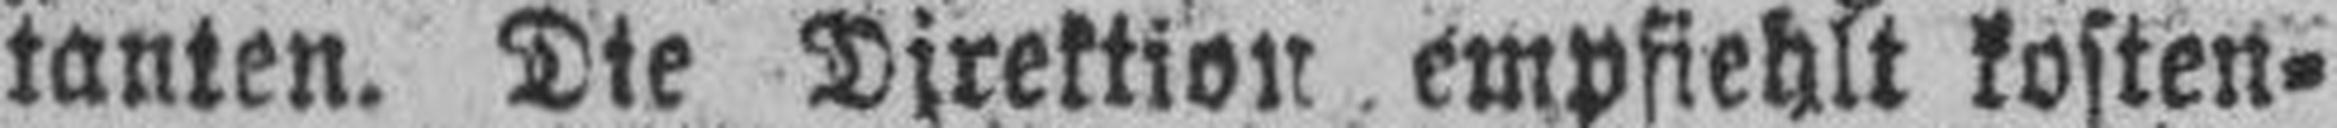
tanten. Die Direktion empfiehlt kosten¬